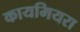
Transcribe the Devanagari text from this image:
कायमियरा